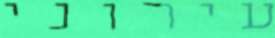
עירוני